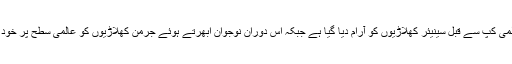
جرمن کوچ لووو کے مطابق آئندہ عالمی کپ سے قبل سینیئر کھلاڑیوں کو آرام دیا گیا ہے جبکہ اس دوران نوجوان ابھرتے ہوئے جرمن کھلاڑٰیوں کو عالمی سطح پر خود کو منوانے کا موقع فراہم کیا گیا ہے۔